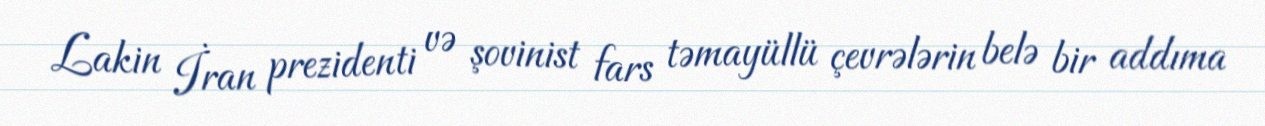
Lakin İran prezidenti və şovinist fars təmayüllü çevrələrin belə bir addıma